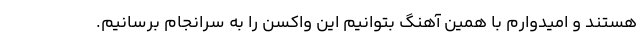
هستند و امیدوارم با همین آهنگ بتوانیم این واکسن را به سرانجام برسانیم.